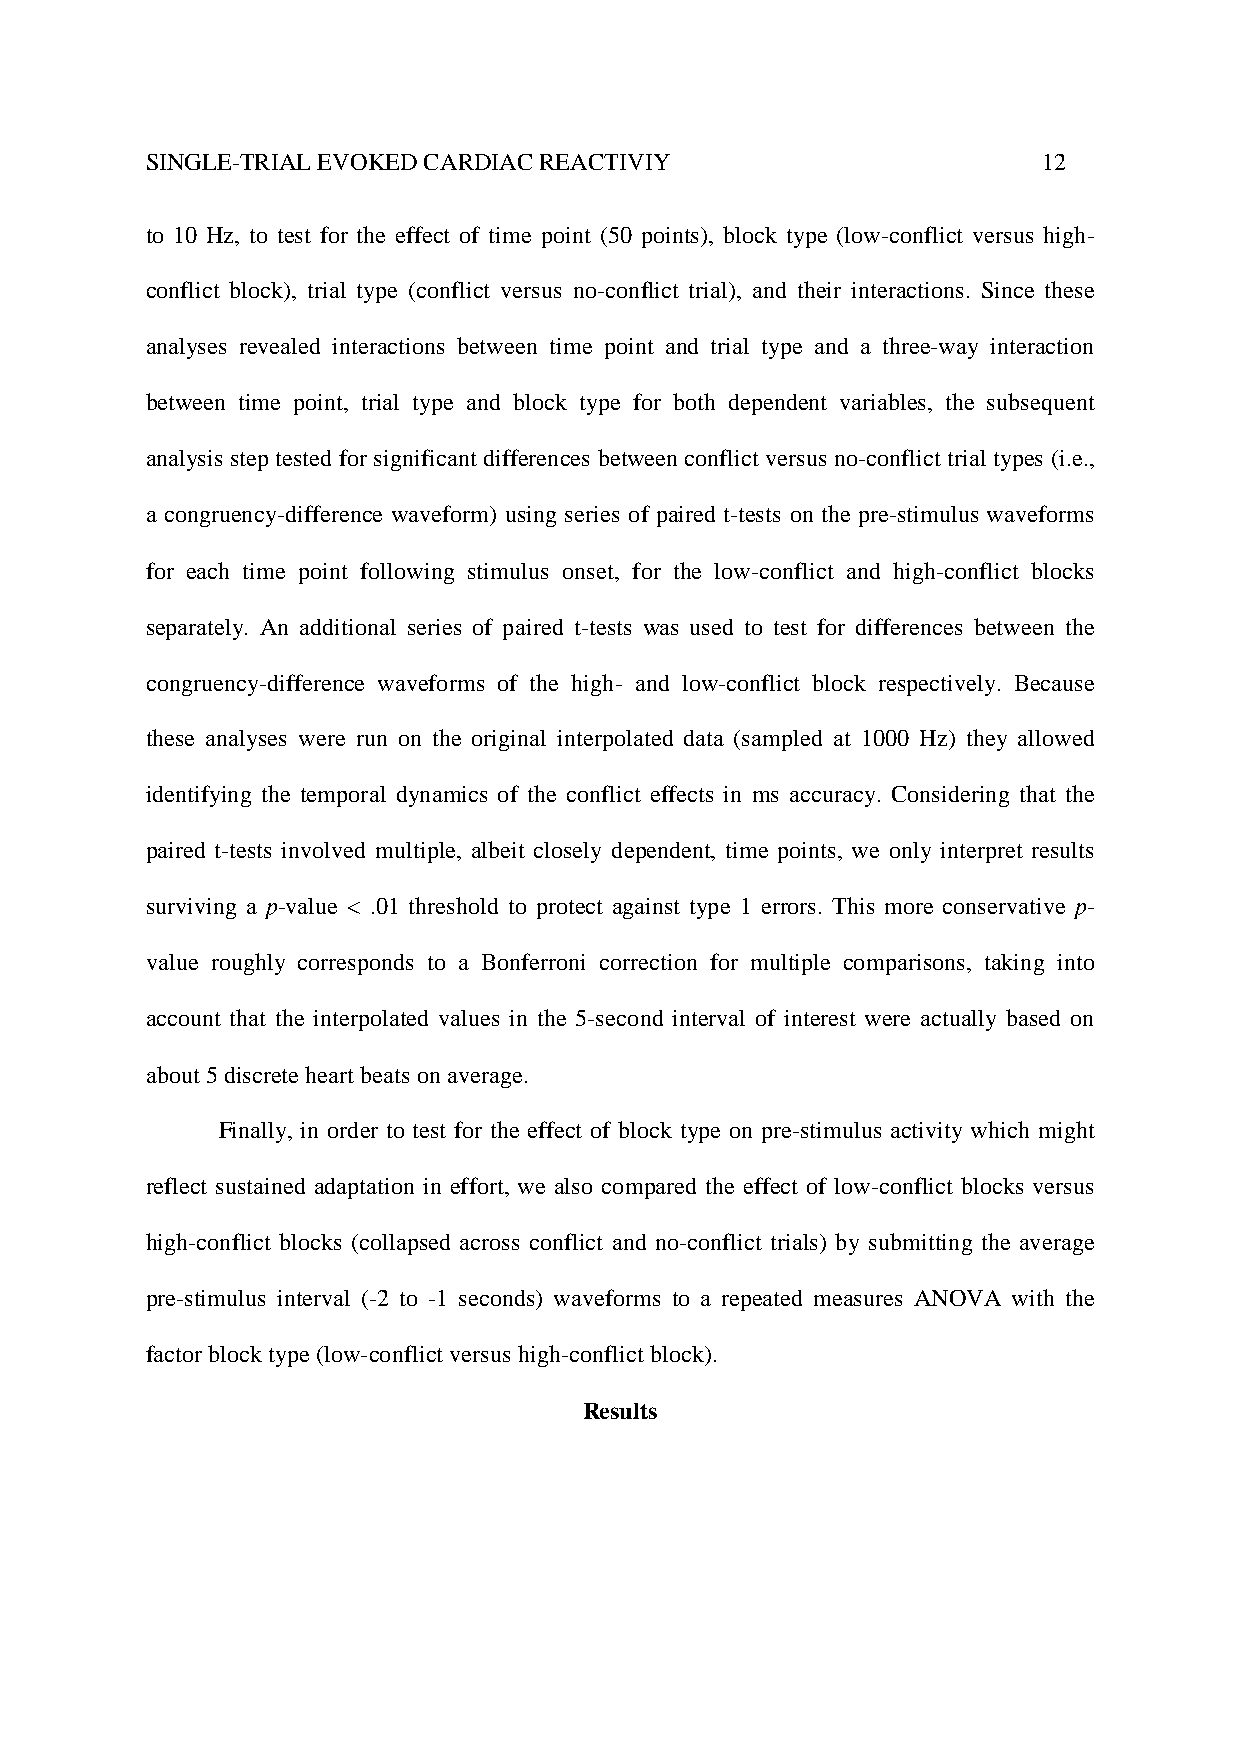
SINGLE-TRIAL EVOKED CARDIAC REACTIVIY                      12
 to 10 Hz, to test for the effect of time point (50 points), block type (low-conflict versus high-
 conflict block), trial type (conflict versus no-conflict trial), and their interactions. Since these
 analyses revealed interactions between time point and trial type and a three-way interaction
 between time point, trial type and block type for both dependent variables, the subsequent
 analysis step tested for significant differences between conflict versus no-conflict trial types (i.e.,
 a congruency-difference waveform) using series of paired t-tests on the pre-stimulus waveforms
 for each time point following stimulus onset, for the low-conflict and high-conflict blocks
 separately. An additional series of paired t-tests was used to test for differences between the
 congruency-difference waveforms of the high- and low-conflict block respectively. Because
 these analyses were run on the original interpolated data (sampled at 1000 Hz) they allowed
 identifying the temporal dynamics of the conflict effects in ms accuracy. Considering that the
 paired t-tests involved multiple, albeit closely dependent, time points, we only interpret results
 surviving a p-value < .01 threshold to protect against type 1 errors. This more conservative p-
 value roughly corresponds to a Bonferroni correction for multiple comparisons, taking into
 account that the interpolated values in the 5-second interval of interest were actually based on
 about 5 discrete heart beats on average.
 Finally, in order to test for the effect of block type on pre-stimulus activity which might
 reflect sustained adaptation in effort, we also compared the effect of low-conflict blocks versus
 high-conflict blocks (collapsed across conflict and no-conflict trials) by submitting the average
 pre-stimulus interval (-2 to -1 seconds) waveforms to a repeated measures ANOVA with the
 factor block type (low-conflict versus high-conflict block).
 Results